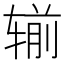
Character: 𮷜